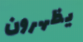
يظهرون